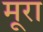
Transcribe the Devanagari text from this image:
मूरा